Civil Veterinary Department Bihar reports 1936-40 - 1936-1940
Year: 1936
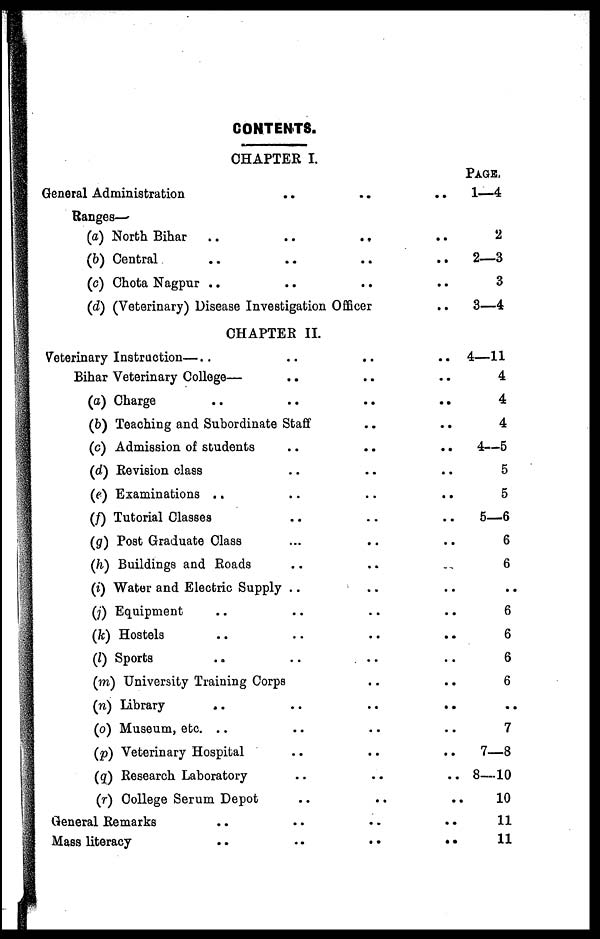
CONTENTS.
CHAPTER I.
General Administration
Ranges—-
(a) North Bihar
.. ..
(b) Central .. ..
(c) Chota Nagpur .. ..
..
..
..
..
(d) (Veterinary) Disease Investigation Officer
CHAPTER II.
Veterinary Instruction—..
Bihar Veterinary College— ..
(a) Charge .. ..
(b) Teaching and Subordinate Staff
(c) Admission of students ..
(d) Revision class ..
(e) Examinations .. ..
(f) Tutorial Classes ..
(g) Post Graduate Class ..
(h) Buildings and Roads ..
(i) Water and Electric Supply ..
(i) Equipment .. ..
(k) Hostels.. ..
(I) Sports .. ..
(m) University Training Corps
(n) Library .. ..
(o) Museum, etc. .. ..
(p) Veterinary Hospital ..
(q) Research Laboratory ..
(r) College Serum Depot ..
General Remarks .. ..
Mass literacy .. ..
..
..
..
..
..
..
..
..
..
..
..
..
..
..
..
..
..
..
..
..
..
..
..
..
..
..
..
..
..
..
..
..
..
..
..
..
..
..
..
..
..
..
..
..
..
..
..
..
..
PAGE,
1—4
2
2—3
3
3—4
4—11
4
4
4
4—5
5
5
5—6
6
6
..
6
6
6
6
..
7
7—8
8—10
10
11
11